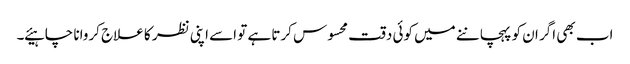
اب بھی اگر ان کو پہچاننے میں کوئی دقت محسوس کرتا ہے تو اسے اپنی نظر کا علاج کروانا چاہیئے ۔